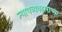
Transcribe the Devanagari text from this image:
न्यायव्यवहाराच्या